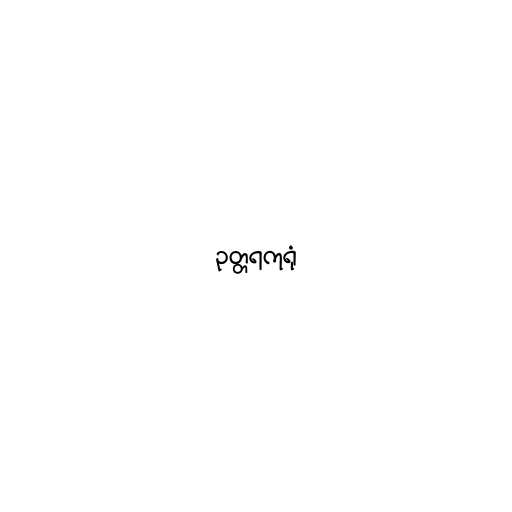
ဥတ္တရကုရုံ